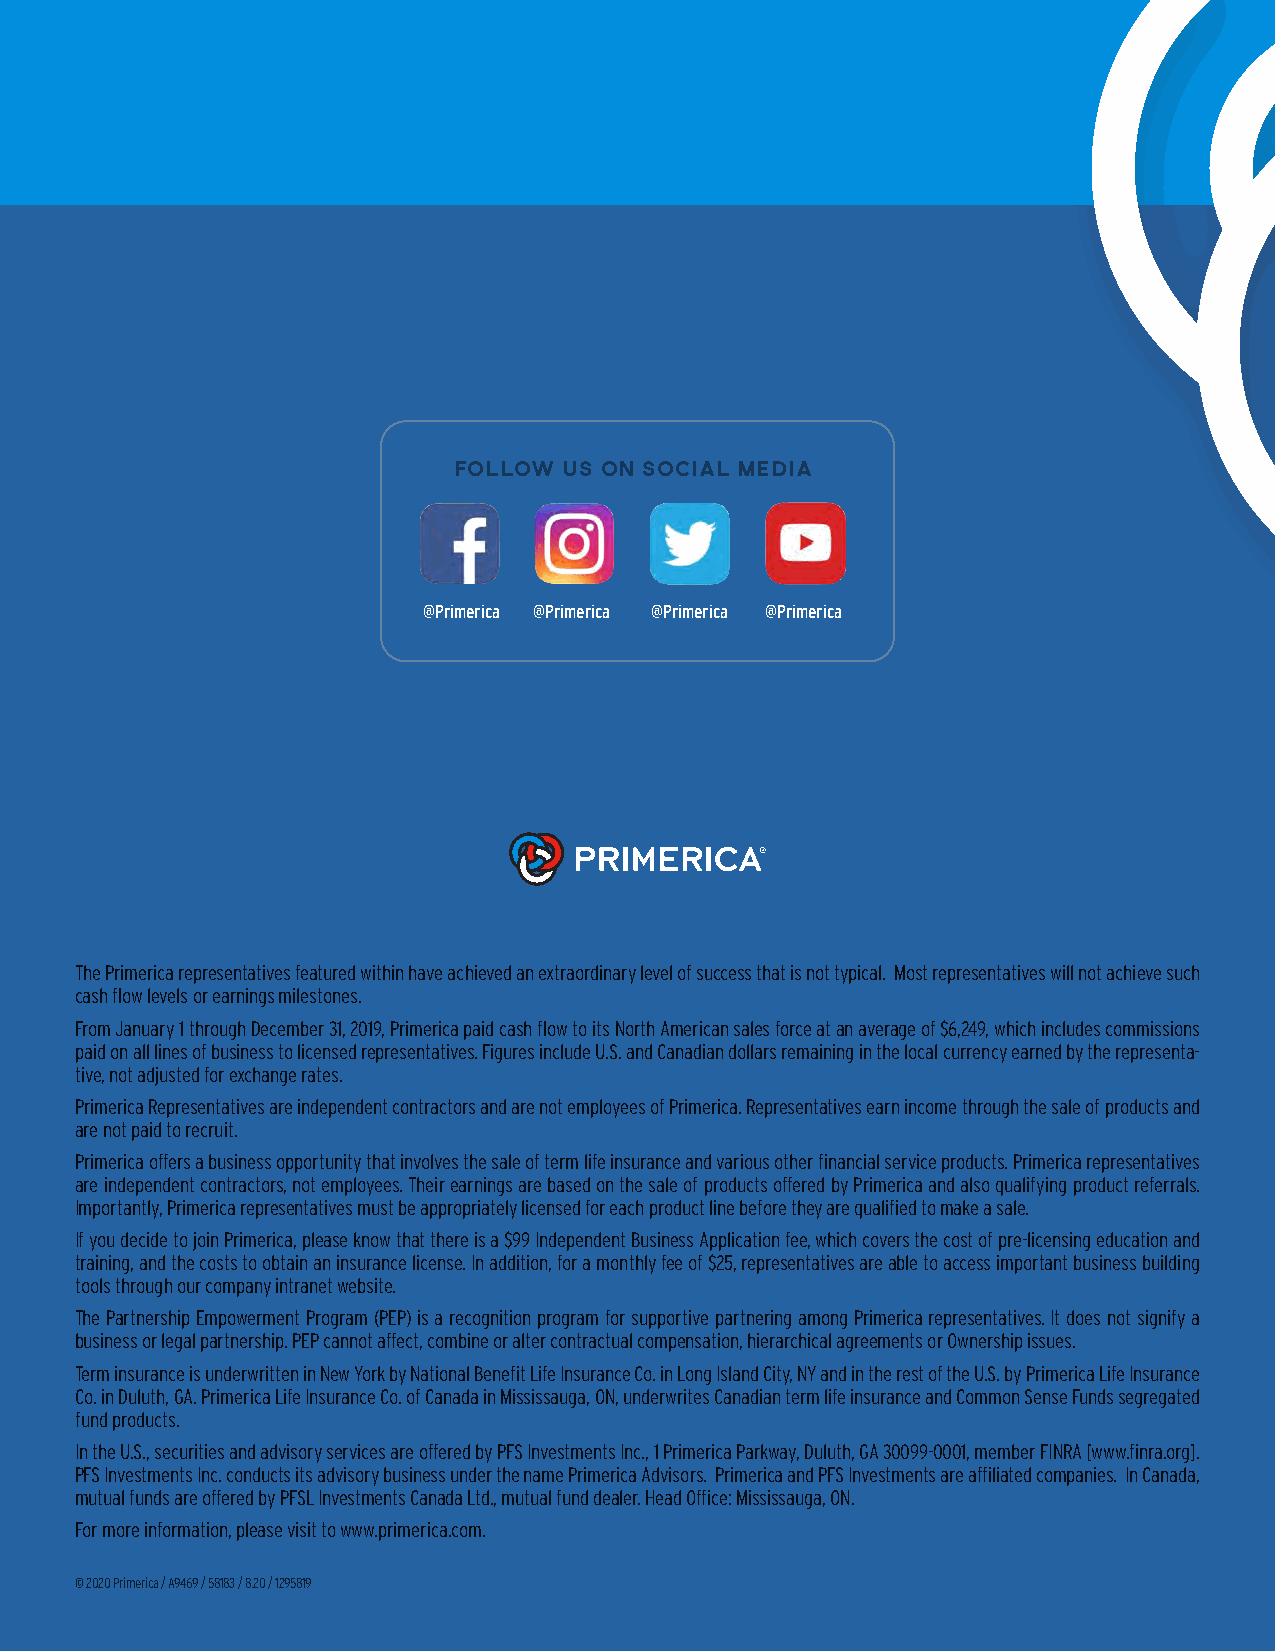
Follow us on social media
 @Primerica @Primerica @Primerica @Primerica
 The Primerica representatives featured within have achieved an extraordinary level of success that is not typical. Most representatives will not achieve such
 cash flow levels or earnings milestones.
 From January 1 through December 31, 2019, Primerica paid cash flow to its North American sales force at an average of $6,249, which includes commissions
 paid on all lines of business to licensed representatives. Figures include U.S. and Canadian dollars remaining in the local currency earned by the representa-
 tive, not adjusted for exchange rates.
 Primerica Representatives are independent contractors and are not employees of Primerica. Representatives earn income through the sale of products and
 are not paid to recruit.
 Primerica offers a business opportunity that involves the sale of term life insurance and various other financial service products. Primerica representatives
 are independent contractors, not employees. Their earnings are based on the sale of products offered by Primerica and also qualifying product referrals.
 Importantly, Primerica representatives must be appropriately licensed for each product line before they are qualified to make a sale.
 If you decide to join Primerica, please know that there is a $99 Independent Business Application fee, which covers the cost of pre-licensing education and
 training, and the costs to obtain an insurance license. In addition, for a monthly fee of $25, representatives are able to access important business building
 tools through our company intranet website.
 The Partnership Empowerment Program (PEP) is a recognition program for supportive partnering among Primerica representatives. It does not signify a
 business or legal partnership. PEP cannot affect, combine or alter contractual compensation, hierarchical agreements or Ownership issues.
 Term insurance is underwritten in New York by National Benefit Life Insurance Co. in Long Island City, NY and in the rest of the U.S. by Primerica Life Insurance
 Co. in Duluth, GA. Primerica Life Insurance Co. of Canada in Mississauga, ON, underwrites Canadian term life insurance and Common Sense Funds segregated
 fund products.
 In the U.S., securities and advisory services are offered by PFS Investments Inc., 1 Primerica Parkway, Duluth, GA 30099-0001, member FINRA [www.finra.org].
 PFS Investments Inc. conducts its advisory business under the name Primerica Advisors. Primerica and PFS Investments are affiliated companies. In Canada,
 mutual funds are offered by PFSL Investments Canada Ltd., mutual fund dealer. Head Office: Mississauga, ON.
 For more information, please visit to www.primerica.com.
 © 2020 Primerica / A9469 / 58183 / 8.20 / 1295819